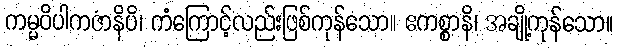
ကမ္မဝိပါကဇာနိပိ၊ ကံကြောင့်လည်းဖြစ်ကုန်သော။ ဧကစ္စာနိ၊ အချို့ကုန်သော။